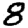
Digit: 8